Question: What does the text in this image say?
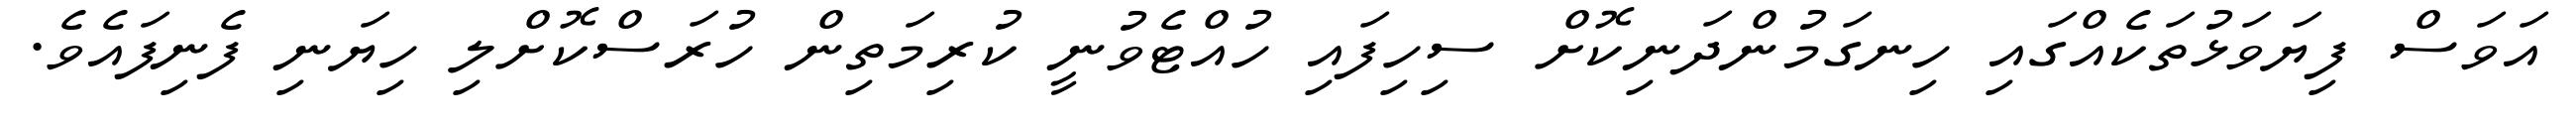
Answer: އަވަސް ފިޔަވަޅުތަކެއްގައި ހިނގަމުންދަނިކޮށް ސިހިފައި ހުއްޓެވުނީ ކުރިމަތިން ހުރަސްކޮށްލި ހިޔަނި ފެނިފައެވެ.